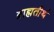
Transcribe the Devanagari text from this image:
ब्राह्मतीर्थ